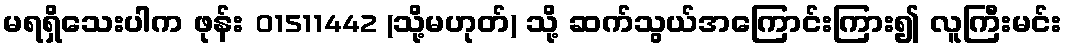
မရရှိသေးပါက ဖုန်း 01511442 (သို့မဟုတ်) သို့ ဆက်သွယ်အကြောင်းကြား၍ လူကြီးမင်း